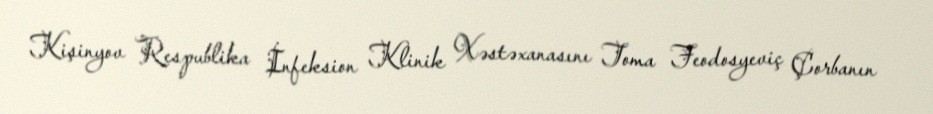
Kişinyov Respublika İnfeksion Klinik Xəstəxanasını Toma Feodosyeviç Çorbanın